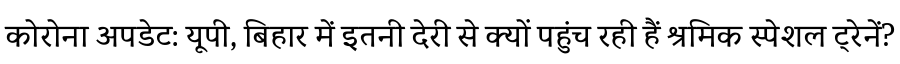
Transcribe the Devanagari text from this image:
कोरोना अपडेट: यूपी, बिहार में इतनी देरी से क्यों पहुंच रही हैं श्रमिक स्पेशल ट्रेनें?